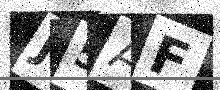
Text: J5AF